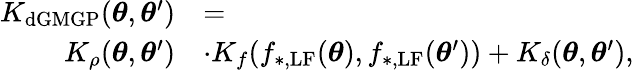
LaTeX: \begin{array}{rl}{K_{\mathrm{dGMGP}}(\boldsymbol{\theta},\boldsymbol{\theta}^{\prime})}&{=}\\ {K_{\rho}(\boldsymbol{\theta},\boldsymbol{\theta}^{\prime})}&{\cdot K_{f}(f_{\mathrm{*,LF}}(\boldsymbol{\theta}),f_{\mathrm{*,LF}}(\boldsymbol{\theta}^{\prime}))+K_{\delta}(\boldsymbol{\theta},\boldsymbol{\theta}^{\prime}),}\end{array}